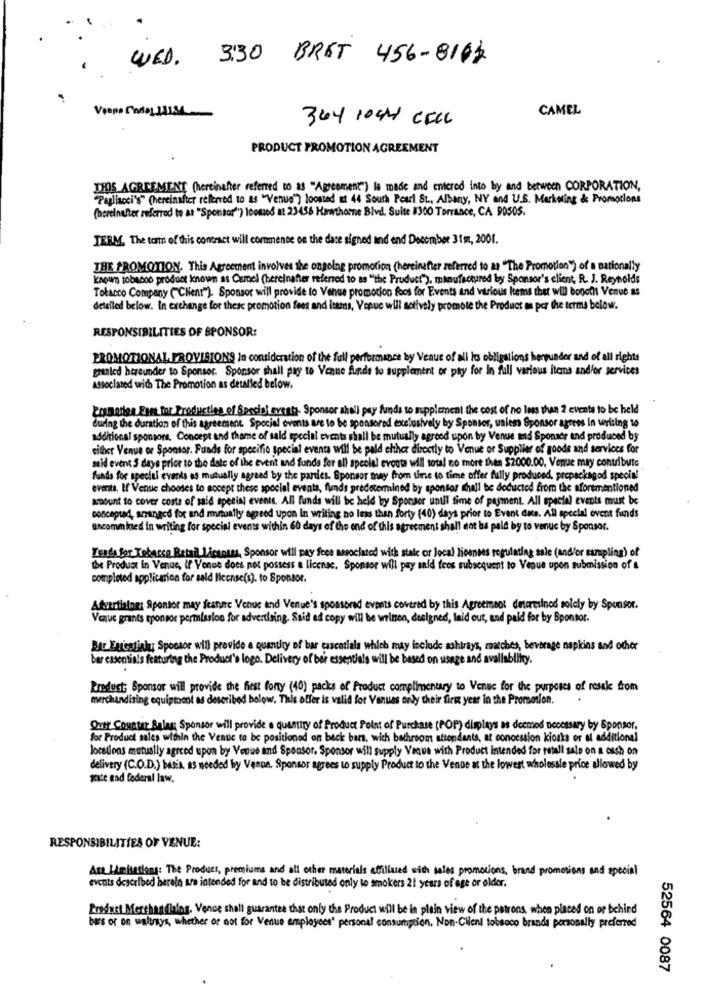
WED.
3:30 BRET 456-8102
.
Vespa CasaLISISA
CAMEL
364 1044 CELL
PRODUCT PROMOTION AGREEMENT
ITOS AGREEMENT (hereinafter referred to as "Agreement") Is made and entered into by and between CORPORATION,
"Pagliacci's" (hereinafter referred to as "Venue") located at 44 South Pearl St ., Albany, NY and U.S. Marketing &: Promotions
(hereinafter referred to as "Sponsor") loomed at 23456 Hawthorne Blvd. Suite 1300 Torrance, CA 90505.
TERM. The term of this contract will commence on the date signed and end December 31m, 2001.
THE PROMOTION. This Agreement involves the ongoing promotion (hereinafter referred to as "The Promotion") of a nationally
known sobacos product known as Camel (hereinafter referred to as "the Product"), manufactured by Sponsor's client, R. J. Reynolds
Tobacco Company ("Client"). Sponsor will provide to Venue promotion foos for Events and various Items that will bonchit Venue as
detalled below. In exchange for these promotion fees and items, Venue will sotively promote the Product as per the terms below.
RESPONSIBILITIES OF SPONSOR:
PROMOTIONAL PROVISIONS In consideration of the full performance by Venue of all its obligations herunder and of all rights
granted hereunder to Sponsor. Sponsor shall pay to Venne funds to supplement or pay for In full various items andfor services
Associated with The Promotion as detalled below.
Eremotien Een for Productles of Special eventy Sponsor shall pay funds to supplement the cost of no less than 2 events to be held
during the duration of this agreement. Special events are to be sponsored exclusively by Sponsor, unless Sponsor agrees In writing to
additional sponsors. Concept and theme of sald special events shall be mutually agreed upon by Venue md Sponsor and produced by
either Venue or Sponsor. Funds for specific special events will be pald ehhez directly to Venue or Supplier of goods and services for
mid event S days prior to the date of the event and funds for all special events will total no more then $2000.00. Venue may contributo
funds for special events as mutually agreed by the parties. Sponsor may from time to time offer fully produced, prepacksgod special
events, If Vente chooses to accept these special events, funds predetermined by sponsor shall be deducted from the aforementioned
amount to cover costs of said special events. All funds will be held by Sponsor until Sime of payment. All special events must be
conceptad, arranged for and mrually agreed upon In writing no less than forty (40) days prior to Event date. All special event funds
uncomm kied in writing for special events within 60 days of the end of this agreement shall not be paid by to venue by Sponsor.
Leads for Tobacco Retail Licenses, Sponsor will pay fees associated with state of local licenses regulating sale (and/or sampling) of
the Product in Venue, If Venue does not possess a license. Sponsor will pay said feos subsequent to Venue upon submission of a
completed application for sald license(s). to Sponsor.
Aftvertialne: Sponsor may feature Venue and Venue's sponsored evpets covered by this Agreement detereilned solely by Sponsor.
Venue grants sponsor permission for advertising. Said ad copy will be weinen, designed, laid out, and paid for by Bpontor.
Bur Entcatfalu; Sponsor will provide a quantity of bar tascatials which may include ashirays, matches, beverage napkins and other
bar essentials featuring the Product's logo. Delivery of ber essentiels will be based on usage and avaliabliky.
Rredust; Sponsor will provide the first forty (40) packs of Product complimentary to Venue for the purposes of resale from
merchandising equipment as described below. This offer is valid for Venues only their first year in the Promotion.
Ont Counter Belan Sponsor will provide a quantity of Product Point of Purchase (POP) displays as docmed necessary by Sponsor.
for Product sales within the Venue to be positioned on beck bar, with bathroom attendants, at conocssion kiosks or a additional
locedens mutually agreed upon by Venue and Sponsor. Sponsor will supply Veque with Product intended for retall sale on a cash on
delivery (C.O.D.) basis, as needed by Venue. Sponsor agrees to supply Product to the Venue at the lowest wholesale price allowed by
size and federal law.
RESPONSIBILITIES OF VENUE:
Are Weisations: The Product, premiums and all other materials affiliated with sales promotions, brand promotions and special
events described herein are intended for and to be distributed only to smokers 21 years of age or older.
Product Merchandising. Vence shall guarantee that only the Product will be in plain view of the patrons when placed on or behind
bars or on waltrys, whether or not for Venue employees' personal consumption. Non-Client tobacco brands personally preferred
52564 0087